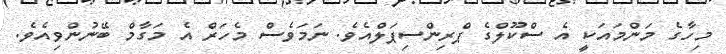
މިހާގެ މަންމައަކީ އެ ސްކޫލްގެ ޕްރިންސިޕަލްއެެވެ. ނަމަވެސް މެހަރް އެ މަގާމް ބޭނުންވިއެވެ.